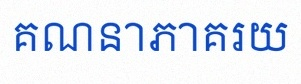
គណនាភាគរយ